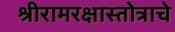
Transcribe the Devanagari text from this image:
श्रीरामरक्षास्तोत्राचे